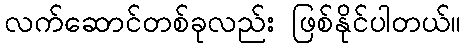
လက်ဆောင်တစ်ခုလည်း ဖြစ်နိုင်ပါတယ်။